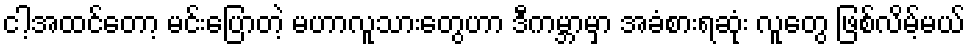
ငါ့အထင်တော့ မင်းပြောတဲ့ မဟာလူသားတွေဟာ ဒီကမ္ဘာမှာ အခံစားရဆုံး လူတွေ ဖြစ်လိမ့်မယ်